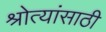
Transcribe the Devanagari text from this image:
श्रोत्यांसाठी